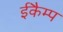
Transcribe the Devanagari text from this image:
ईकैम्प